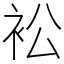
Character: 衳